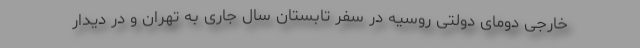
خارجی دومای دولتی روسیه در سفر تابستان سال جاری به تهران و در دیدار